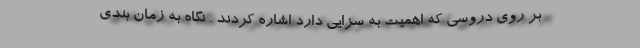
بر روی دروسی که اهمیت به سزایی دارد اشاره کردند . نگاه به زمان بندی